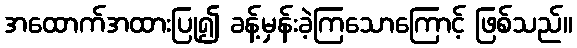
အထောက်အထားပြု၍ ခန့်မှန်းခဲ့ကြသောကြောင့် ဖြစ်သည်။